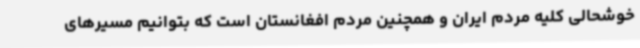
خوشحالی کلیه مردم ایران و همچنین مردم افغانستان است که بتوانیم مسیرهای